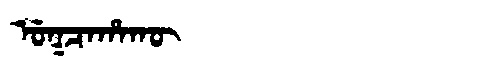
Manchu: ᡠᡴᠴᠠᡥᠠᡴᡡ
Romanization: UKCAHAKŪ